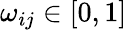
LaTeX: \omega_{ij}\in[0,1]